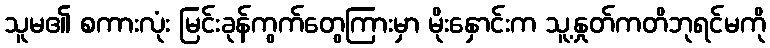
သူမ၏ စကားလုံး မြင်းခုန်ကွက်တွေကြားမှာ မိုးနှောင်းက သူ့နှုတ်ကတိဘုရင်မကို